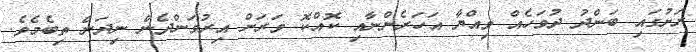
ރަށުގައި ބަންދު ދުވަހެއް ވިއްޔާ އަހަރެންނާއި ކޮއްކޮ ވަރަށް އިރުވަންދެން ނިދަން ތިބެމެވެ.